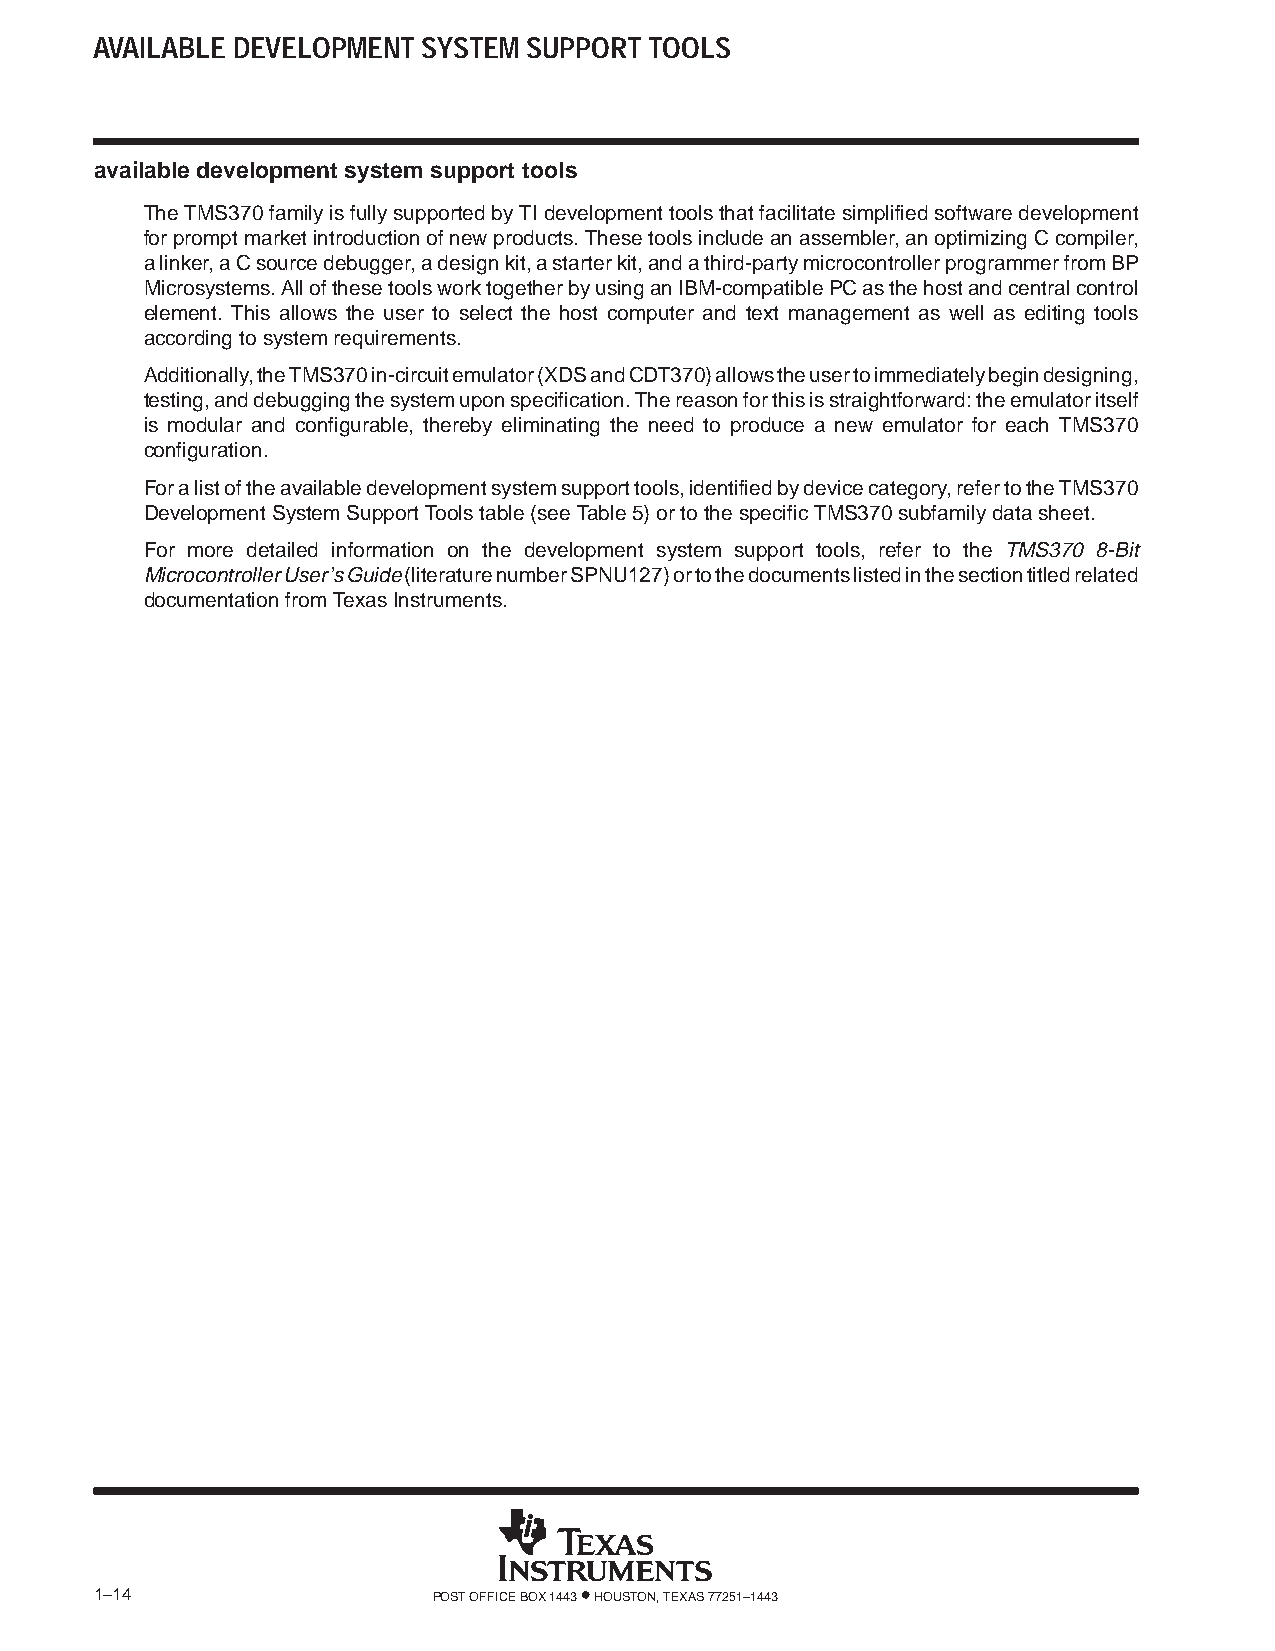
AVAILABLE DEVELOPMENT SYSTEM SUPPORT TOOLS
 available development system support tools
 The TMS370 family is fully supported by TI development tools that facilitate simplified software development
 for prompt market introduction of new products. These tools include an assembler, an optimizing C compiler,
 a linker, a C source debugger, a design kit, a starter kit, and a third-party microcontroller programmer from BP
 Microsystems. All of these tools work together by using an IBM-compatible PC as the host and central control
 element. This allows the user to select the host computer and text management as well as editing tools
 according to system requirements.
 Additionally, the TMS370 in-circuit emulator (XDS and CDT370) allows the user to immediately begin designing,
 testing, and debugging the system upon specification. The reason for this is straightforward: the emulator itself
 is modular and configurable, thereby eliminating the need to produce a new emulator for each TMS370
 configuration.
 For a list of the available development system support tools, identified by device category, refer to the TMS370
 Development System Support Tools table (see Table 5) or to the specific TMS370 subfamily data sheet.
 For more detailed information on the development system support tools, refer to the TMS370 8-Bit
 Microcontroller User’s Guide (literature number SPNU127) or to the documents listed in the section titled related
 documentation from Texas Instruments.
 1–14                   POST OFFICE BOX 1443 • HOUSTON, TEXAS 77251–1443